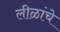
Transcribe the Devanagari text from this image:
लीळांचे